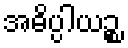
အဓိပ္ပါယဉ္စ